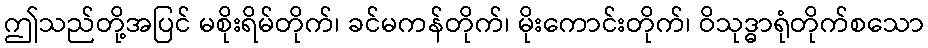
ဤသည်တို့အပြင် မစိုးရိမ်တိုက်၊ ခင်မကန်တိုက်၊ မိုးကောင်းတိုက်၊ ဝိသုဒ္ဓာရုံတိုက်စသော